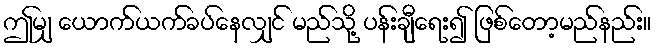
ဤမျှ ယောက်ယက်ခပ်နေလျှင် မည်သို့ ပန်းချီရေး၍ ဖြစ်တော့မည်နည်း။